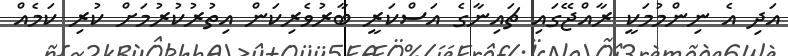
އަދި އެ ނިންމުމަކީ ރާއްޖޭގައި ޗައިނާގެ އަސްކަރީ ބާރުވެރިކަން އިތުރުކުރުމަށް ކުރި ކަމެއް